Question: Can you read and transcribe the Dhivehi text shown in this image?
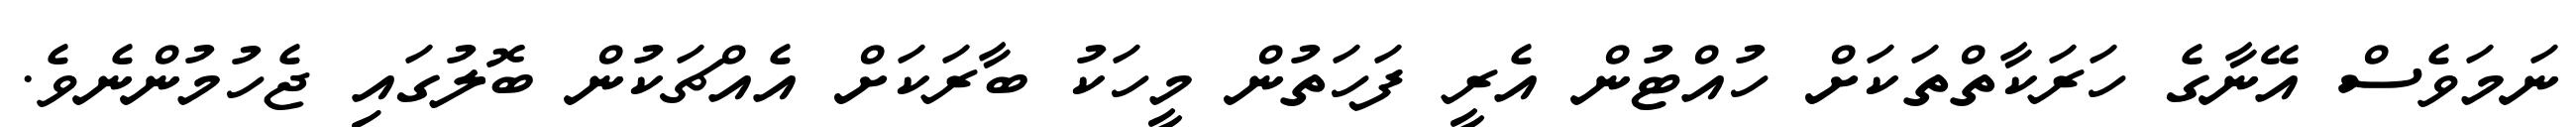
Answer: ނަމަވެސް އޭނާގެ ހަރަކާތްތަކަށް ހުއްޓުން އެރީ ފަހަތުން މީހަކު ބާރަކަށް އެއްޗަކުން ބޮލުގައި ޖެހުމުންނެވެ.